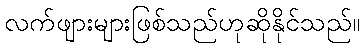
လက်ဖျားများဖြစ်သည်ဟုဆိုနိုင်သည်။